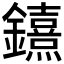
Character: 𨯨